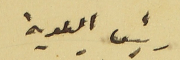
رئيس البلدية